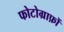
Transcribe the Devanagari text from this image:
फोटोग्राफ़ों